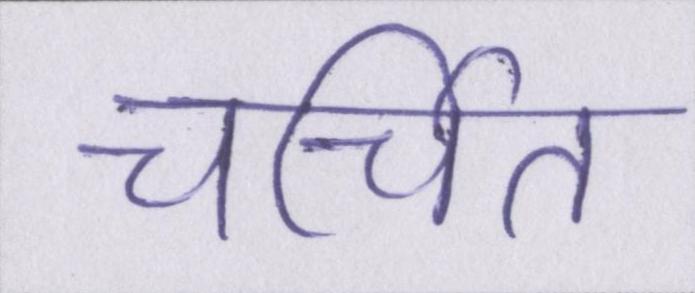
चर्चित